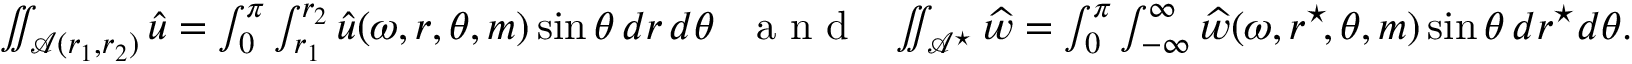
\begin{array} { r } { \iint _ { \mathcal { A } ( r _ { 1 } , r _ { 2 } ) } { \widehat { u } } = \int _ { 0 } ^ { \pi } \int _ { r _ { 1 } } ^ { r _ { 2 } } { \widehat { u } } ( \omega , r , \theta , m ) \sin \theta \, d r \, d \theta \ \ \textrm { a n d } \ \ \iint _ { \mathcal { A } ^ { \star } } \widehat { w } = \int _ { 0 } ^ { \pi } \int _ { - \infty } ^ { \infty } \widehat { w } ( \omega , r ^ { \star } \! , \theta , m ) \sin \theta \, d r ^ { \star } \! \, d \theta . } \end{array}